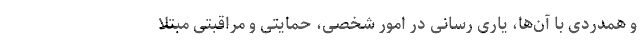
و همدردی با آن‌ها، یاری رسانی در امور شخصی، حمایتی و مراقبتی مبتلا